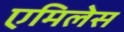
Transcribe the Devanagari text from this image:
एमिलेस